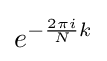
e^{-{\frac {2\pi i}{N}}k}